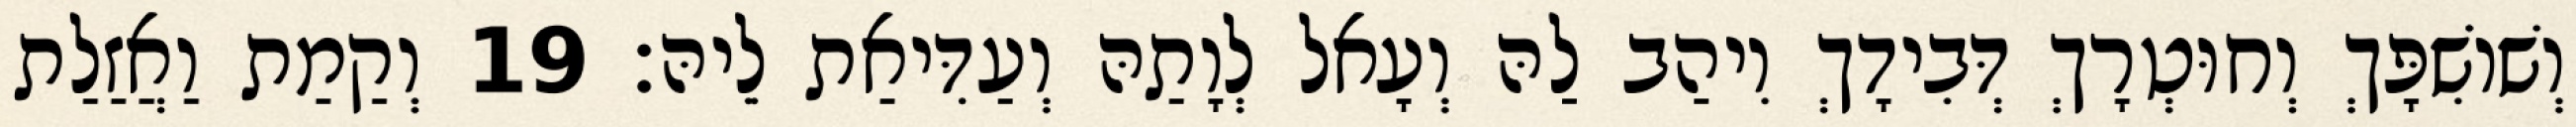
וְשׁוֹשִׁפָּךְ וְחוּטְרָךְ דְּבִידָךְ וִיהַב לַהּ וְעָאל לְוָתַהּ וְעַדִּיאַת לֵיהּ׃ 19 וְקַמַת וַאֲזַלַת